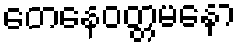
တေနေဝတ္တမနော